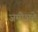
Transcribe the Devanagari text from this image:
जमीअते